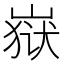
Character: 𰎫